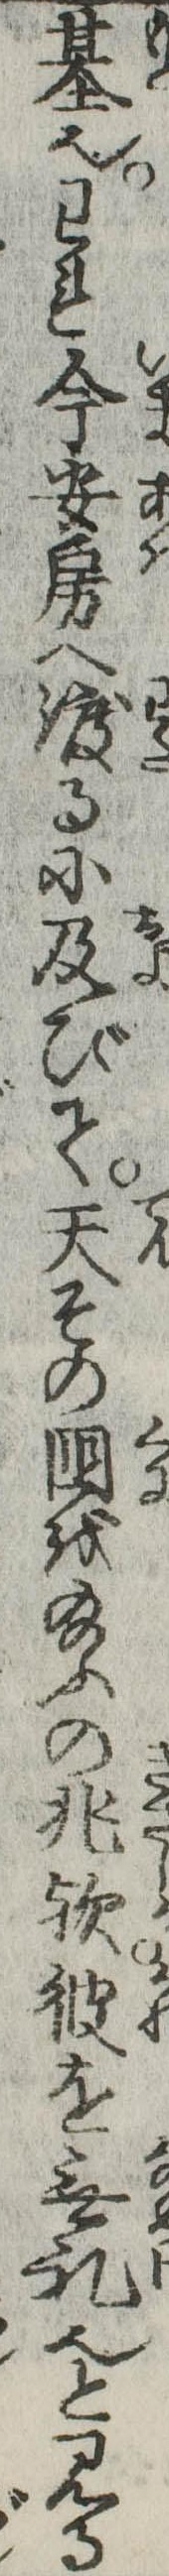
基也われ今安房へ渡るに及びて天その国を給ふの兆歟彼を無礼也と見る